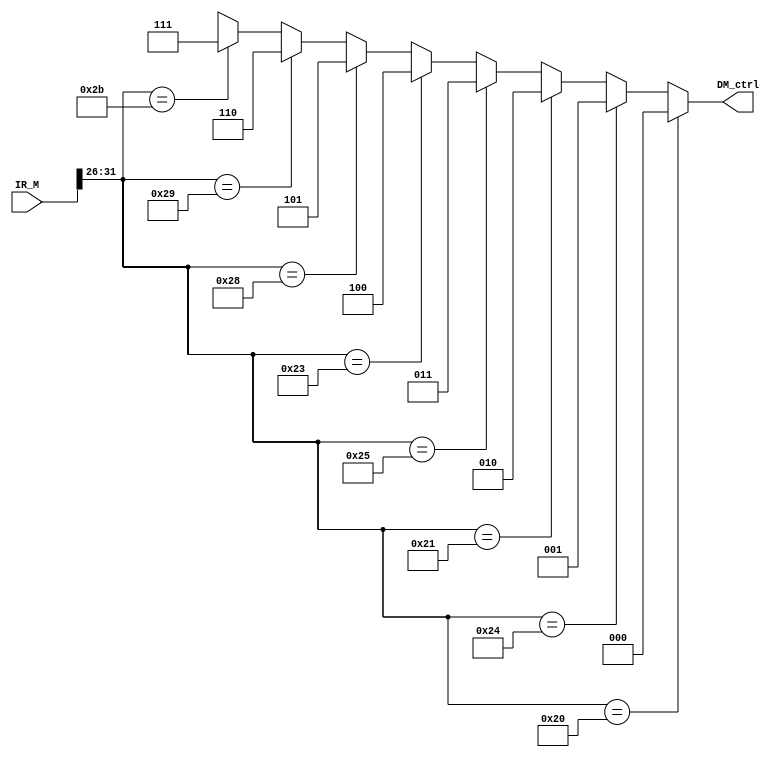
module MEM_ctrl(IR_M,DM_ctrl);
  `define OP 31:26
  input [31:0]IR_M;//input  EX_MEM instructions
  output [2:0]DM_ctrl;//DM control sign
                     //000:LB
                     //001:LBU
                     //010:LH
                     //011:LHU
                     //100:LW
                     //101:SB
                     //110:SH
                     //111:SW
  assign DM_ctrl=(IR_M[`OP]=='h20)? 3'b000:
                 (IR_M[`OP]=='h24)? 3'b001:
                 (IR_M[`OP]=='h21)? 3'b010:
                 (IR_M[`OP]=='h25)? 3'b011:
                 (IR_M[`OP]=='h23)? 3'b100:
                 (IR_M[`OP]=='h28)? 3'b101:
                 (IR_M[`OP]=='h29)? 3'b110:
                 (IR_M[`OP]=='h2b)? 3'b111:3'bxxx;
                 
endmodule